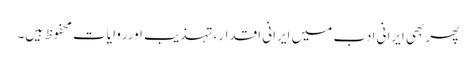
پھر بھی ایرانی ادب میں ایرانی اقدار،تہذیب اورروایات محفوظ ہیں۔